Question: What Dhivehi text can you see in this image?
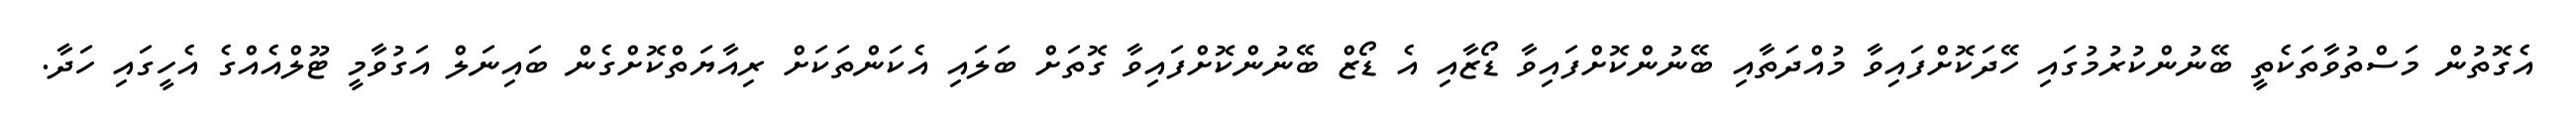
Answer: އެގޮތުން މަސްތުވާތަކެތީ ބޭނުންކުރުމުގައި ހޭދަކޮށްފައިވާ މުއްދަތާއި ބޭނުންކޮށްފައިވާ ޑޯޒާއި އެ ޑޯޒް ބޭނުންކޮށްފައިވާ ގޮތަށް ބަލައި އެކަންތަކަށް ރިއާޔަތްކޮށްގެން ބައިނަލް އަގުވާމީ ޓޫލްއެއްގެ އެހީގައި ހަދާ.